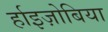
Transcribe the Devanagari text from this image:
र्हाइज़ोबिया